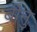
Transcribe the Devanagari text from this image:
बीनु